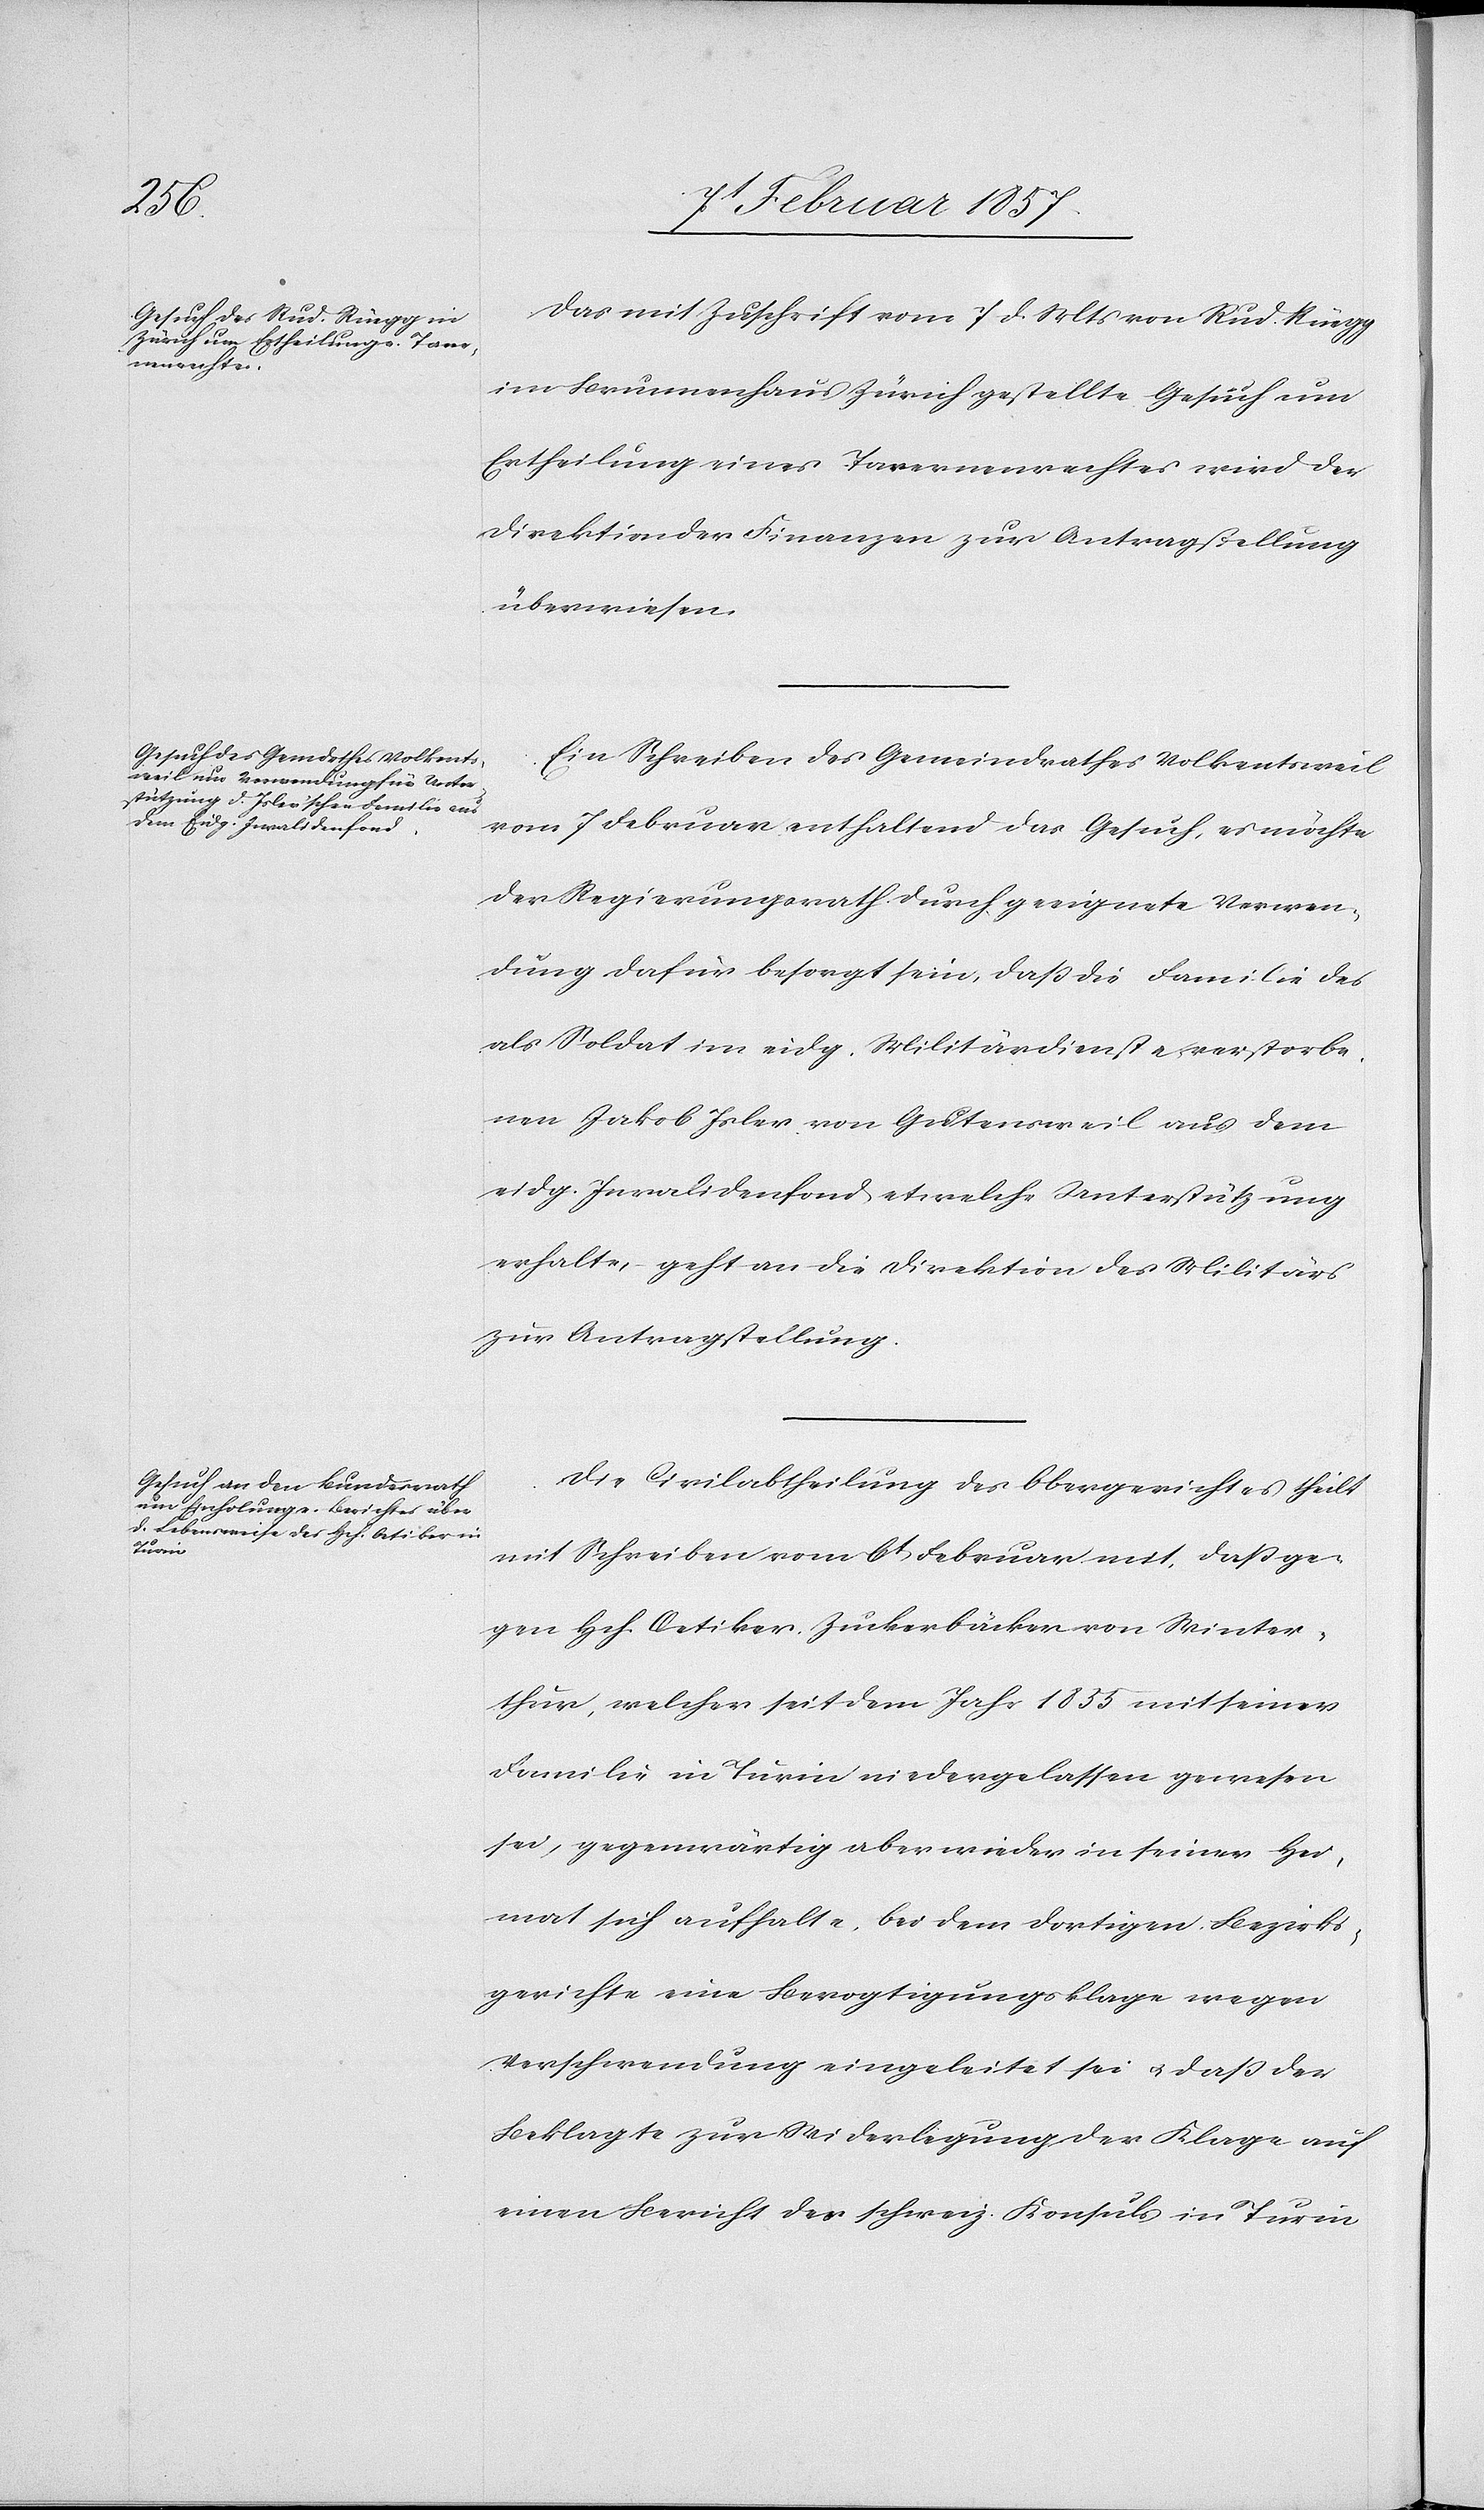
den
Actum den

9t Februar 1857.]
Das mit Zuschrift vom 7 d. Mts von Rud. Rüegg
im Brunnenhaus Zürich gestellte Gesuch um
Ertheilung eines Tavernenrechtes wird der
Direktion der Finanzen zur Antragstellung
überwiesen.
Ein Schreiben des Gemeindrathes Volkentsweil
vom 7 Februar enthaltend das Gesuch, es möchte
der Regierungsrath durch geeignete Verwen¬
dung dafür besorgt sein, daß die Familie des
als Soldat im eidg. Militärdienste verstorbe¬
nen Jakob Isler von Gutensweil aus dem
eidg. Invalidenfond etwelche Unterstützung
erhalte, geht an die Direktion des Militärs
zur Antragstellung.
Die Civilabtheilung des Obergerichtes theilt
mit Schreiben vom 6t Februar mit, daß ge¬
gen Hch. Oetiker, Zuckerbäcker von Winter¬
thur, welcher seit dem Jahr 1855 mit seiner
Familie in Turin niedergelassen gewesen
sei, gegenwärtig aber wieder in seiner Hei¬
mat sich aufhalte, bei dem dortigen Bezirks¬
gerichte eine Bevogtigungsklage wegen
Verschwendung eingeleitet sei u. daß der
Beklagte zur Niederlegung der Klage auf
einen Bericht des schweiz. Konsuls in Turin